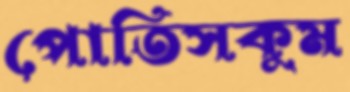
পোতিসকুম